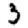
Digit: 3